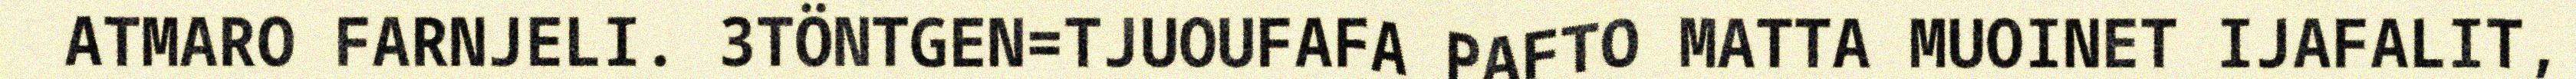
ATMARO FARNJELI. 3TÖNTGEN=TJUOUFAFA PAFTO MATTA MUOINET IJAFALIT,